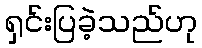
ရှင်းပြခဲ့သည်ဟု